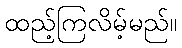
ထည့်ကြလိမ့်မည်။